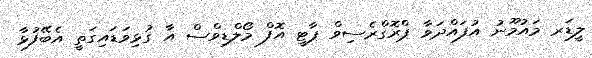
ލީޑަރ މައުމޫނު އުފައްދަވާ ޕްރޮގްރެސިވް ޕާޓީ އޮފް މޯލްޑިވްސް އާ ގުޅިވަޑައިގަތީ އެބޭފުޅާ